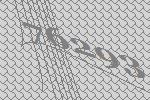
76293